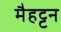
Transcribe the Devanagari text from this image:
मैहट्टन